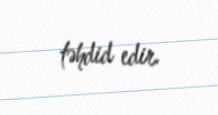
təhdid edir.